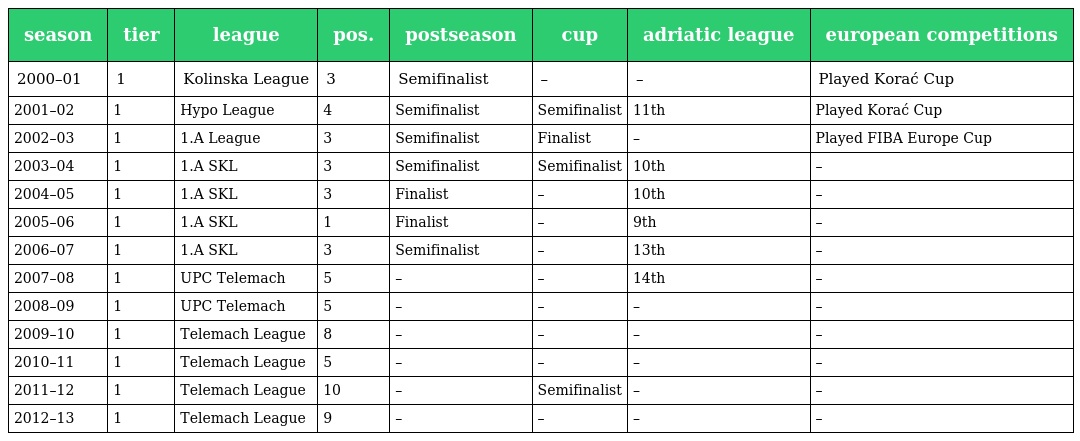
| season | tier | league | pos. | postseason | cup | adriatic league | european competitions |
 | --- | --- | --- | --- | --- | --- | --- | --- |
 | 2000–01 | 1 | Kolinska League | 3 | Semifinalist | – | – | Played Korać Cup |
 | 2001–02 | 1 | Hypo League | 4 | Semifinalist | Semifinalist | 11th | Played Korać Cup |
 | 2002–03 | 1 | 1.A League | 3 | Semifinalist | Finalist | – | Played FIBA Europe Cup |
 | 2003–04 | 1 | 1.A SKL | 3 | Semifinalist | Semifinalist | 10th | – |
 | 2004–05 | 1 | 1.A SKL | 3 | Finalist | – | 10th | – |
 | 2005–06 | 1 | 1.A SKL | 1 | Finalist | – | 9th | – |
 | 2006–07 | 1 | 1.A SKL | 3 | Semifinalist | – | 13th | – |
 | 2007–08 | 1 | UPC Telemach | 5 | – | – | 14th | – |
 | 2008–09 | 1 | UPC Telemach | 5 | – | – | – | – |
 | 2009–10 | 1 | Telemach League | 8 | – | – | – | – |
 | 2010–11 | 1 | Telemach League | 5 | – | – | – | – |
 | 2011–12 | 1 | Telemach League | 10 | – | Semifinalist | – | – |
 | 2012–13 | 1 | Telemach League | 9 | – | – | – | – |